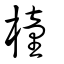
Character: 橦